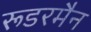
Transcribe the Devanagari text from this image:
रूडरमैन